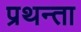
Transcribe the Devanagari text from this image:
प्रथन्ता